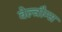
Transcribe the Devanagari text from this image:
वेल्त्रौम्स